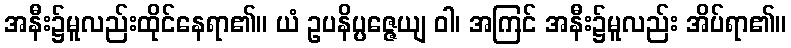
အနီး၌မူလည်းထိုင်နေရာ၏။ ယံ ဥပနိပ္ပဇ္ဇေယျ ဝါ၊ အကြင် အနီး၌မူလည်း အိပ်ရာ၏။